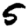
Digit: 5